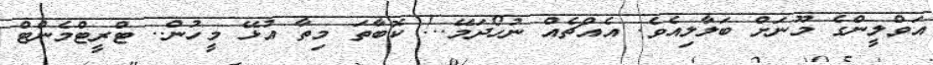
އަވްލީންގެ މޫނަށް ބަލާލިއެވެ. އެއްޗެއް ނުހޯދަމޭ..! ކޮބާތަ މިތާ އުޅޭ މީހުން.. ޓްރީޓްމެންޓް